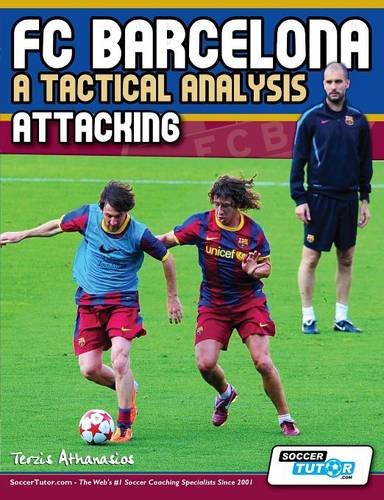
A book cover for FC Barcelona - A Tactical Analysis: Attacking; Terzis Athanasios; Sports & Outdoors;